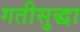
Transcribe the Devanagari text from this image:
गतीसुद्धा